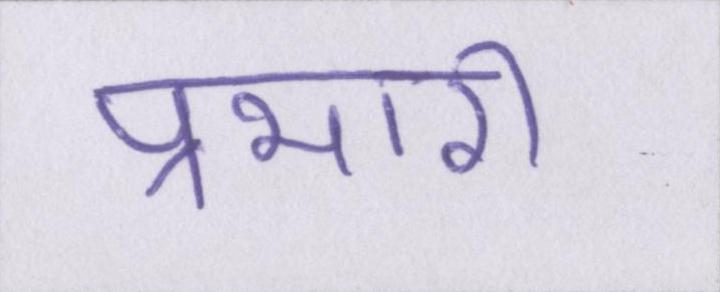
प्रभारी